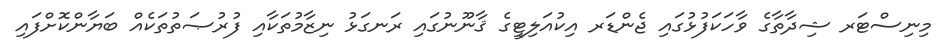
މިނިސްޓަރ ޝިދާތާގެ ވާހަކަފުޅުގައި ޖެންޑަރ އިކުއަލިޓީގެ ޤާނޫނުގައި ރަނގަޅު ނިޒާމުތަކާއި ފުރުޞަތުތަކެއް ބަޔާންކޮށްފައި